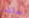
سلكت